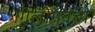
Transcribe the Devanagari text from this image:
गिलीगनच्या